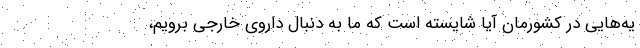
یه‌هایی در کشورمان آیا شایسته است که ما به دنبال داروی خارجی برویم،